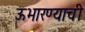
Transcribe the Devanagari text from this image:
ऊभारण्याची